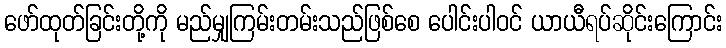
ဖော်ထုတ်ခြင်းတို့ကို မည်မျှကြမ်းတမ်းသည်ဖြစ်စေ ပေါင်းပါဝင် ယာယီရပ်ဆိုင်းကြောင်း